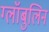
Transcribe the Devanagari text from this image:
ग्लॉबुलिन